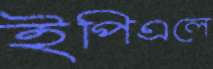
ইপিএলে